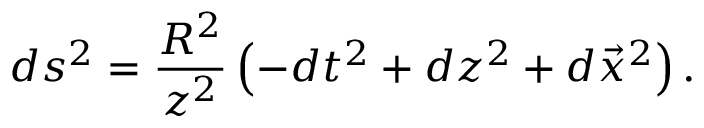
d s ^ { 2 } = \frac { R ^ { 2 } } { z ^ { 2 } } \left( - d t ^ { 2 } + d z ^ { 2 } + d \vec { x } ^ { 2 } \right) .